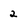
Character: 2